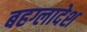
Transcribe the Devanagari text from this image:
बहग्लादेश